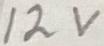
Text: 12V